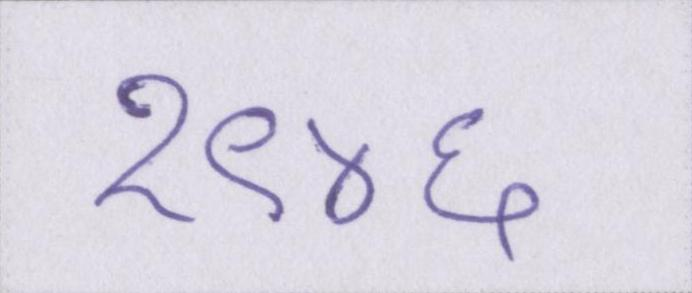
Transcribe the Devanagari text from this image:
१९४६